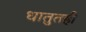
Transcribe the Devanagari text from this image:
धातुतही